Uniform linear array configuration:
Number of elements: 8
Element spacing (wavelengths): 1
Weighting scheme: cosine
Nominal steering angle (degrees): -15
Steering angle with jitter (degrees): -14.345
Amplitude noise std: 0.05
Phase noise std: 0.05

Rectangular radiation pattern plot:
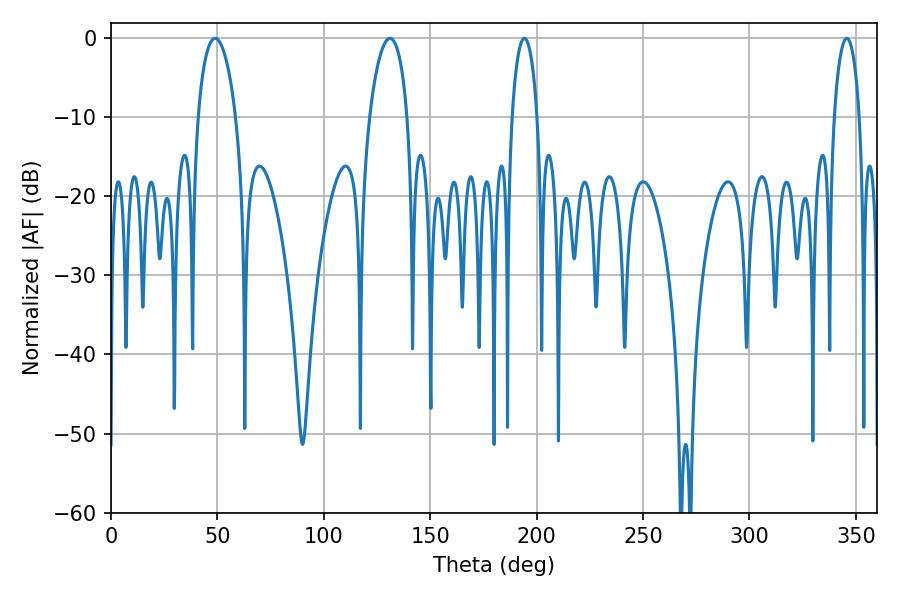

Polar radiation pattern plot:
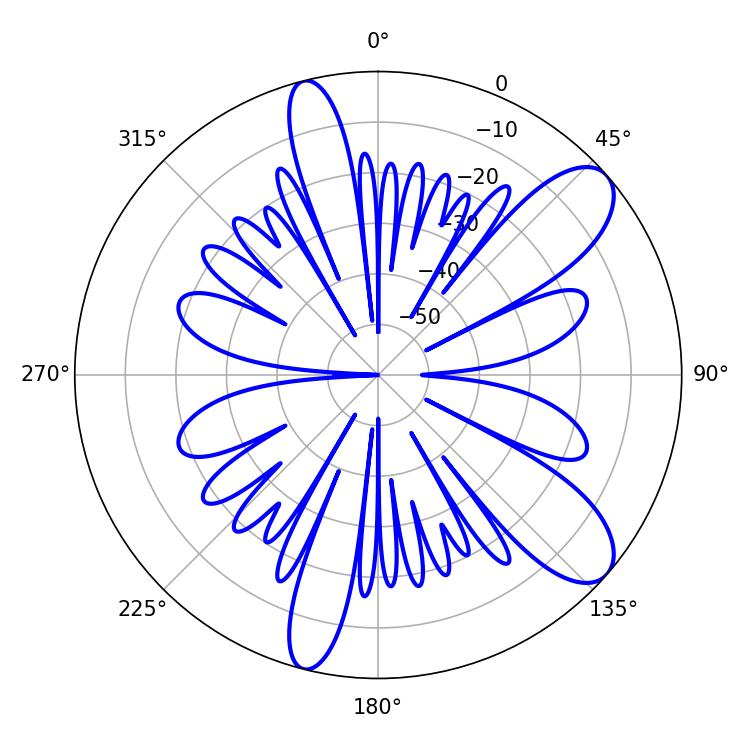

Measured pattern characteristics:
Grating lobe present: TRUE
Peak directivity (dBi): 9.636
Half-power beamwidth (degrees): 10.08
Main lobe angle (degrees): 48.96